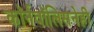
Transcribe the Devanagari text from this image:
कॉर्नवॉलिसनेही